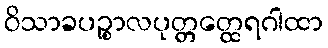
ဝိသာခပဉ္စာလပုတ္တတ္ထေရဂါထာ